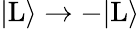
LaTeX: |\mathrm{L}\rangle\rightarrow-|\mathrm{L}\rangle